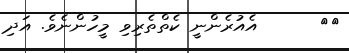
٥٩      އެއުރެންނީ ކެތްތެރިވި މީހުންނެވެ. އަދި